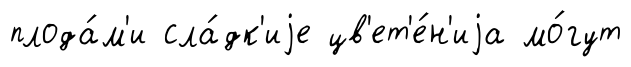
плода́м'и сла́дк'иjе цв'ет'е́н'иjа мо́гут